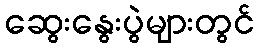
ဆွေးနွေးပွဲများတွင်